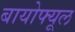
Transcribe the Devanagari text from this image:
बायोफ्यूल